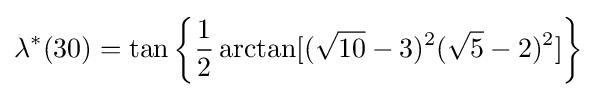
\lambda ^{*}(30)=\tan \left\{{\frac {1}{2}}\arctan[({\sqrt {10}}-3)^{2}({\sqrt {5}}-2)^{2}]\right\}